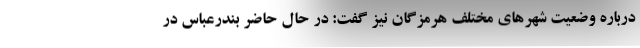
درباره وضعیت شهرهای مختلف هرمزگان نیز گفت: در حال حاضر بندرعباس در